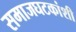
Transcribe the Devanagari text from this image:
समाजघटकांशी